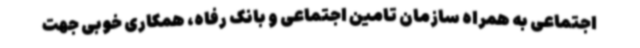
اجتماعی به همراه سازمان تامین اجتماعی و بانک رفاه، همکاری خوبی جهت